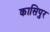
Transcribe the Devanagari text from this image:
कासिपुर